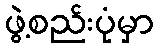
ဖွဲ့စည်းပုံမှာ